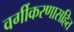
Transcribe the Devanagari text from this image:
वर्गीकरणासहित